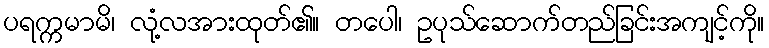
ပရက္ကမာမိ၊ လုံ့လအားထုတ်၏။ တပေါ၊ ဥပုသ်ဆောက်တည်ခြင်းအကျင့်ကို။